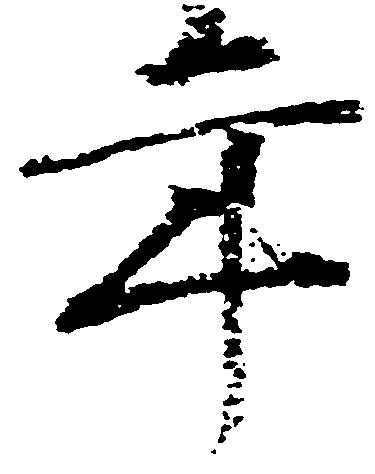
年